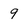
Character: 9